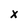
Character: x